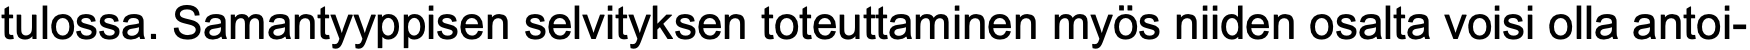
tulossa. Samantyyppisen selvityksen toteuttaminen myös niiden osalta voisi olla antoi-